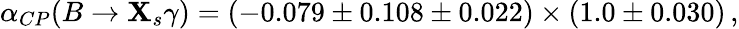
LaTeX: \alpha_{CP}(B\rightarrow\mathbf{X}_{s}\gamma)=(-0.079\pm0.108\pm0.022)\times(1.0\pm0.030)\, ,